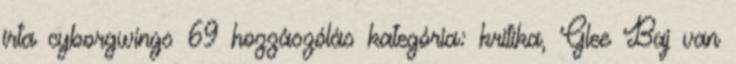
írta cyborgwings 69 hozzászólás kategória: kritika, Glee Baj van